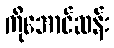
ကိုအောင်ဆန်း